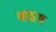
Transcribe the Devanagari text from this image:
वाऽथ